Indian journal of veterinary science and animal husbandry - Volumes 18-21, 1948-1951
Year: 1948
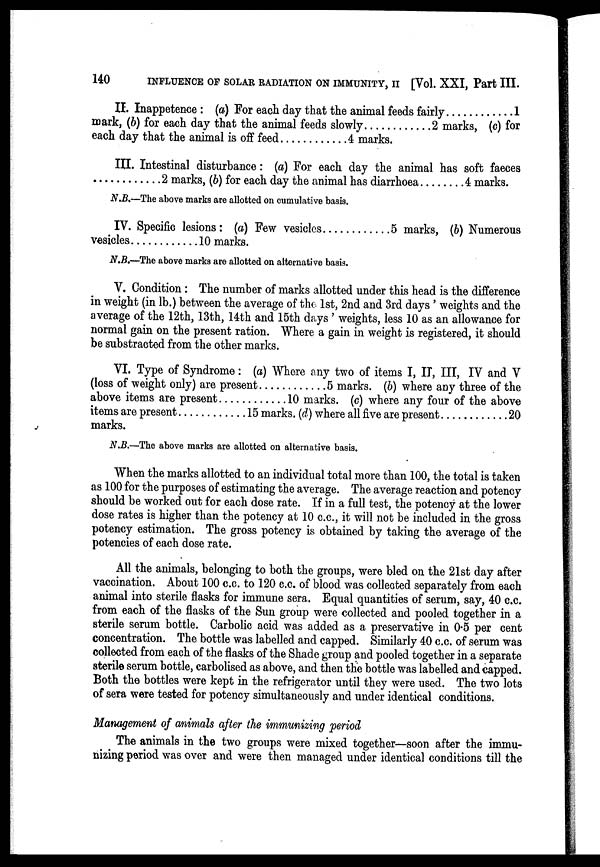
140
INFLUENCE OF SOLAR RADIATION ON IMMUNITY, II [Vol. XXI, Part III.
II. Inappetence : (a) For each day that the animal feeds fairly
1
mark, (b) for each day that the animal feeds slowly
2 marks, (c) for
each day that the animal is off feed
4 marks.
III. Intestinal disturbance: (a) For each day the animal has soft faeces
2 marks, (b) for each day the animal has diarrhoea
4 marks.
N.B.—The above marks are allotted on cumulative basis.
IV. Specific lesions: (a) Few vesicles
5 marks, (b) Numerous
vesicles
10 marks.
N.B.—The above marks are allotted on alternative basis.
V. Condition : The number of marks allotted under this head is the difference
in weight (in lb.) between the average of the 1st, 2nd and 3rd days ' weights and the
average of the 12th, 13th, 14th and 15th days ' weights, less 10 as an allowance for
normal gain on the present ration. Where a gain in weight is registered, it should
be substracted from the other marks.
VI. Type of Syndrome: (a) Where any two of items I, IT, III, IV and V
(loss of weight only) are present
5 marks. (b) where any three of the
above items are present
10 marks. (c) where any four of the above
items are present
15 marks. (d) where all five are present
20
marks.
N.B.—The above marks are allotted on alternative basis.
When the marks allotted to an individual total more than 100, the total is taken
as 100 for the purposes of estimating the average. The average reaction and potency
should be worked out for each dose rate. If in a full test, the potency at the lower
dose rates is higher than the potency at 10 c.c., it will not be included in the gross
potency estimation. The gross potency is obtained by taking the average of the
potencies of each dose rate.
All the animals, belonging to both the groups, were bled on the 21st day after
vaccination. About 100 c.c. to 120 c.c. of blood was collected separately from each
animal into sterile flasks for immune sera. Equal quantities of serum, say, 40 c.c.
from each of the flasks of the Sun group were collected and pooled together in a
sterile serum bottle. Carbolic acid was added as a preservative in 0.5 per cent
concentration. The bottle was labelled and capped. Similarly 40 c.c. of serum was
collected from each of the flasks of the Shade group and pooled together in a separate
sterile serum bottle, carbolised as above, and then the bottle was labelled and capped.
Both the bottles were kept in the refrigerator until they were used. The two lots
of sera were tested for potency simultaneously and under identical conditions.
Management of animals after the immunizing period
The animals in the two groups were mixed together—soon after the immu-
nizing period was over and were then managed under identical conditions till the